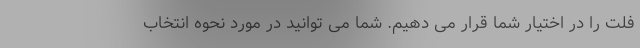
فلت را در اختیار شما قرار می دهیم. شما می توانید در مورد نحوه انتخاب